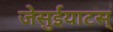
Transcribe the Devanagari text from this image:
जेसुईयाटस्